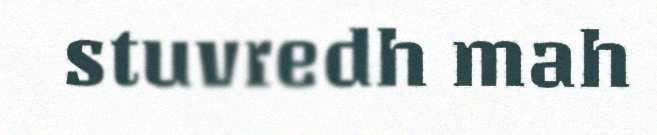
stuvredh mah